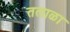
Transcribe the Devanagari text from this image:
तलाळा